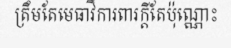
ត្រឹមតែមេធាវីការពារក្តីតែប៉ុណ្ណោះ